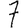
Digit: 7